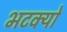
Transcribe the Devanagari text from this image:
भटक्‍यो